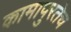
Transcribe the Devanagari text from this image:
कामापुरतेच